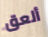
ألعق